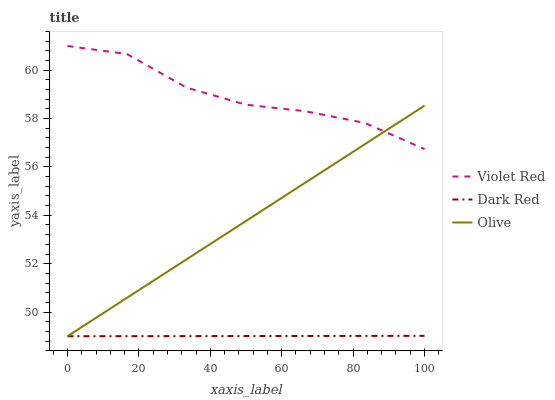
| xaxis_label | Violet Red | Dark Red | Olive |
 | --- | --- | --- | --- |
 | 0 | 61 | 49 | 49 |
 | 16.7 | 60.7 | 49 | 50.6 |
 | 33.3 | 59.3 | 49 | 52.2 |
 | 50 | 58.6 | 49 | 53.8 |
 | 66.7 | 58.3 | 49 | 55.4 |
 | 83.3 | 57.8 | 49 | 56.9 |
 | 100 | 56.7 | 49 | 58.5 |